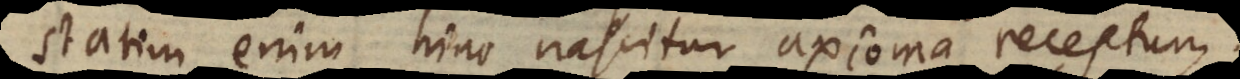
statim enim hinc nascitur axioma receptum: